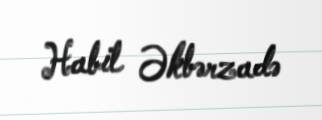
Habil Əkbərzadə